Civil Veterinary Dept. Bombay admin report 1932-41 - 1932-1941
Year: 1932
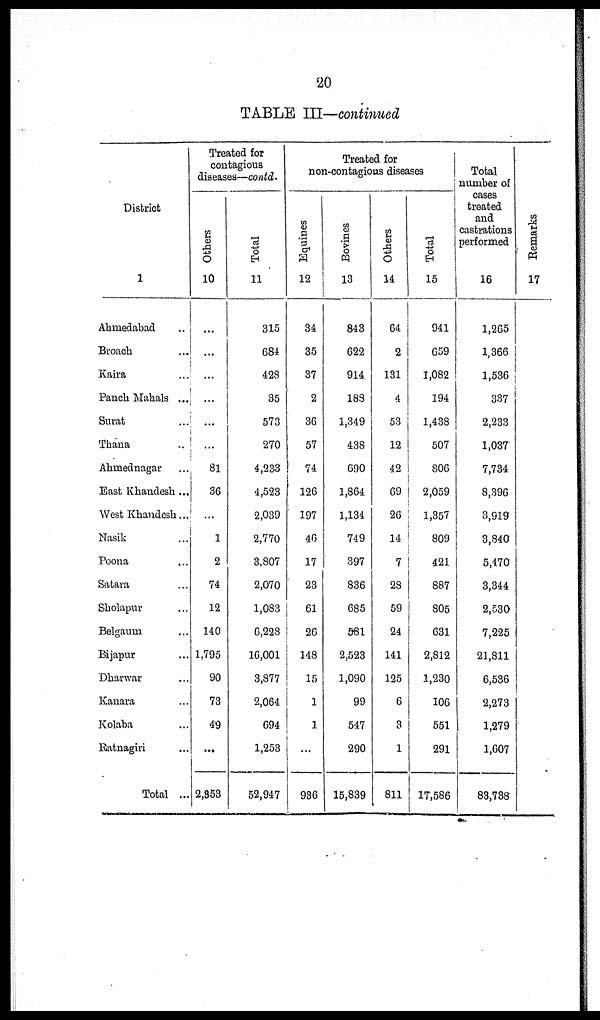
20
TABLE III—continued
District
1
Ahmedabad ..
Broach ...
Kaira ...
Panch Mahals ...
Surat ...
Thana ...
Ahmednagar ...
East Khandesh ...
West Khandesh...
Nasik ...
Poona ...
Satara ...
Sholapur ...
Belgaum ...
Bijapur ...
Dharwar ...
Kanara ...
Kolaba ...
Ratnagiri ...
Total ...
Treated for
contagious
diseases—contd.
Others
10
...
...
...
...
...
...
81
36
...
1
2
74
12
140
1,795
90
73
49
...
2,353
Total
11
315
684
428
35
573
270
4,233
4,523
2,039
2,770
3,807
2,070
1,083
6,228
16,001
3,877
2,064
694
1,253
52,947
Treated for
non-contagious diseases
Equines
12
34
35
37
2
36
57
74
126
197
46
17
23
61
26
148
15
1
1
...
936
Bovines
13
843
622
914
188
1,349
438
690
1,864
1,134
749
397
836
685
581
2.523
1,090
99
547
290
15,839
Others
14
64
2
131
4
53
12
42
69
26
14
7
28
59
24
141
125
6
3
1
811
Total
15
941
659
1,082
194
1,438
507
806
2,059
1,357
809
421
887
805
631
2,812
1,230
106
551
291
17,586
Total
number of
cases
treated
and
castrations
performed
16
1,265
1,366
1,536
337
2,233
1,037
7,734
8,396
3,919
3,840
5,470
3,344
2,530
7,225
21,811
6,536
2,273
1,279
1,607
83,738
Remarks
17